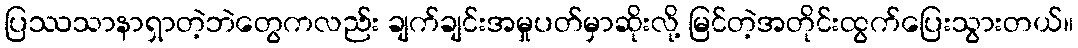
ပြဿသာနာရှာတဲ့ဘဲတွေကလည်း ချက်ချင်းအမှုပတ်မှာဆိုးလို့ မြင်တဲ့အတိုင်းထွက်ပြေးသွားတယ်။